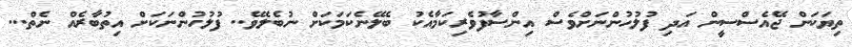
ތިޔަކަން ޖޭއެސްސީން އަދި ފުލުހުންނަށްވެސް އިންސާފުވެރިކަމާއެކު ބެލޭނެކަމަކަށް ނުބެލެވޭ.. ފުލުހުންނަކަށް އިތުބާރެއް ނެތް...